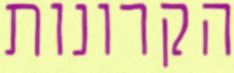
הקרונות